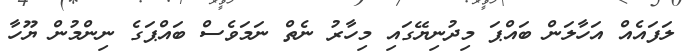
ލަފައެއް އަހާލަން ބައްޕަ މިދުނިޔޭގައި މިހާރު ނެތް ނަމަވެސް ބައްޕަގެ ނިންމުން ޔޫހާ